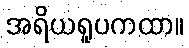
အရိယရူပကထာ။